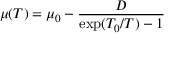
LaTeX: \mu ( T ) = \mu _ { 0 } - { \frac { D } { \exp ( T _ { 0 } / T ) - 1 } }